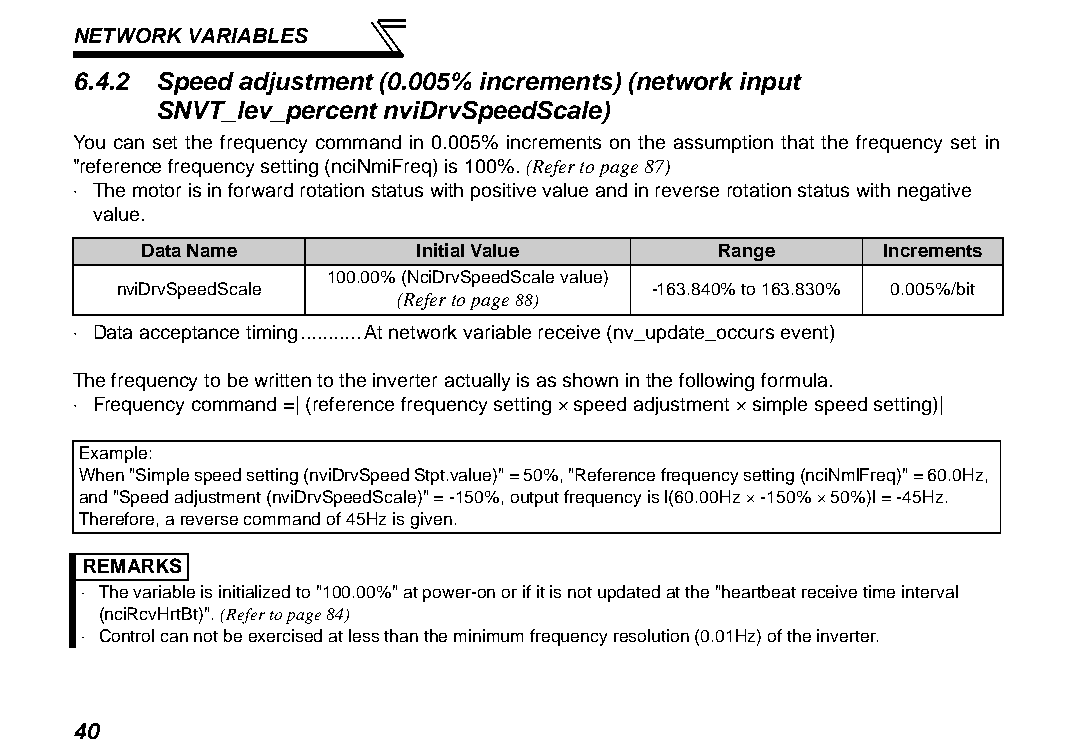
NETWORK VARIABLES
 6.4.2 Speed adjustment (0.005% increments) (network input
 SNVT_lev_percent nviDrvSpeedScale)
 You can set the frequency command in 0.005% increments on the assumption that the frequency set in
 "reference frequency setting (nciNmiFreq) is 100%. (Refer to page 87)
 ⋅ The motor is in forward rotation status with positive value and in reverse rotation status with negative
 value.
 Data Name         Initial Value       Range      Increments
 100.00% (NciDrvSpeedScale value)
 nviDrvSpeedScale                    -163.840% to 163.830% 0.005%/bit
 (Refer to page 88)
 ⋅ Data acceptance timing...........At network variable receive (nv_update_occurs event)
 The frequency to be written to the inverter actually is as shown in the following formula.
 ⋅ Frequency command =| (reference frequency setting × speed adjustment × simple speed setting)|
 Example:
 When "Simple speed setting (nviDrvSpeed Stpt.value)" = 50%, "Reference frequency setting (nciNmlFreq)" = 60.0Hz,
 and "Speed adjustment (nviDrvSpeedScale)" = -150%, output frequency is l(60.00Hz × -150% × 50%)l = -45Hz.
 Therefore, a reverse command of 45Hz is given.
 REMARKS
 ⋅ The variable is initialized to "100.00%" at power-on or if it is not updated at the "heartbeat receive time interval
 (nciRcvHrtBt)". (Refer to page 84)
 ⋅ Control can not be exercised at less than the minimum frequency resolution (0.01Hz) of the inverter.
 40